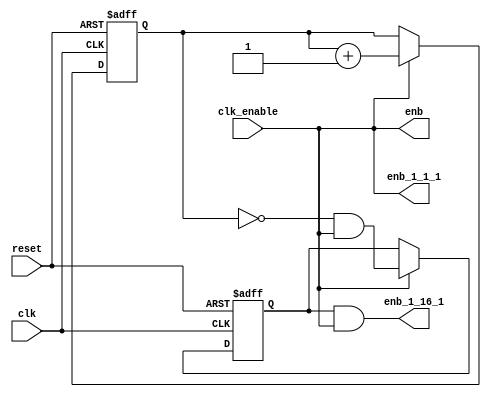
// -------------------------------------------------------------
// 
// 
// Generated by MATLAB 9.13 and HDL Coder 4.0
// 
// -------------------------------------------------------------


// -------------------------------------------------------------
// 
// Module: HDL_DUC_tc
// Source Path: HDL_DUC_tc
// Hierarchy Level: 1
// 
// Master clock enable input: clk_enable
// 
// enb         : identical to clk_enable
// enb_1_1_1   : identical to clk_enable
// enb_1_16_1  : 16x slower than clk with phase 1
// 
// -------------------------------------------------------------

`timescale 1 ns / 1 ns

module HDL_DUC_tc
          (clk,
           reset,
           clk_enable,
           enb,
           enb_1_1_1,
           enb_1_16_1);


  input   clk;
  input   reset;
  input   clk_enable;
  output  enb;
  output  enb_1_1_1;
  output  enb_1_16_1;


  reg [3:0] count16;  // ufix4
  wire comp_1_tmp;
  wire phase_1_tmp;
  reg  phase_1;
  wire enb_1_16_1_1;


  assign enb = clk_enable;

  assign enb_1_1_1 = clk_enable;

  // Count limited, Unsigned Counter
  //  initial value   = 1
  //  step value      = 1
  //  count to value  = 15
  always @(posedge clk or posedge reset)
    begin : counter_16_process
      if (reset == 1'b1) begin
        count16 <= 4'b0001;
      end
      else begin
        if (clk_enable) begin
          count16 <= count16 + 4'b0001;
        end
      end
    end



  assign comp_1_tmp = count16 == 4'b0000;



  assign phase_1_tmp = comp_1_tmp & clk_enable;



  always @(posedge clk or posedge reset)
    begin : phase_delay_process
      if (reset == 1'b1) begin
        phase_1 <= 1'b1;
      end
      else begin
        if (clk_enable) begin
          phase_1 <= phase_1_tmp;
        end
      end
    end



  assign enb_1_16_1_1 = phase_1 & clk_enable;



  assign enb_1_16_1 = enb_1_16_1_1;

endmodule  // HDL_DUC_tc